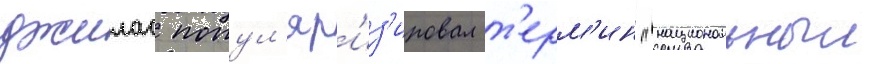
джилас попул'яр'из'ировал т'ерм'ин "национальныи